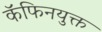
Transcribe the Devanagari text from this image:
कॅफिनयुक्त